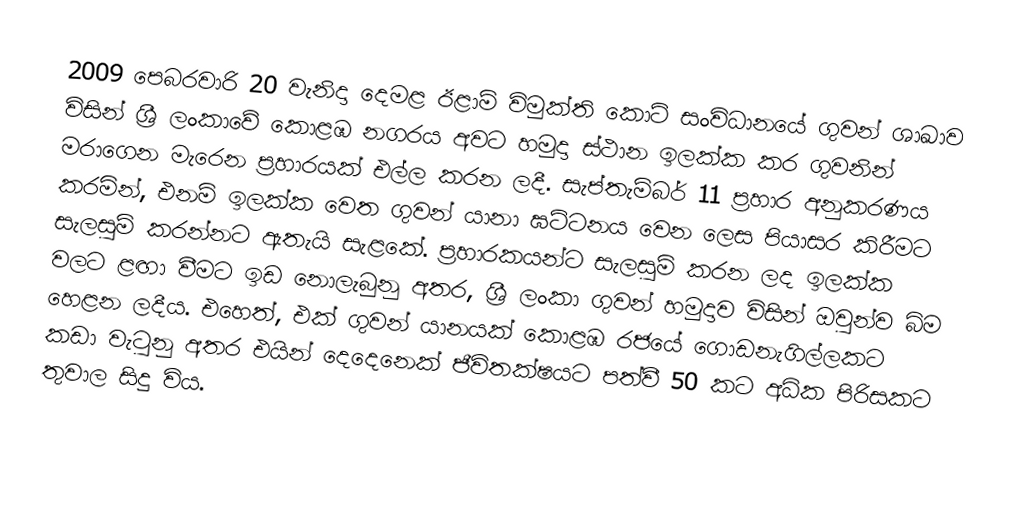
2009 පෙබරවාරි 20 වැනිදා දෙමළ ඊළාම් විමුක්ති කොටි සංවිධානයේ ගුවන් ශාඛාව විසින් ශ්‍රී ලංකාවේ කොළඹ නගරය අවට හමුදා ස්ථාන ඉලක්ක කර ගුවනින් මරාගෙන මැරෙන ප්‍රහාරයක් එල්ල කරන ලදී. සැප්තැම්බර් 11 ප්‍රහාර අනුකරණය කරමින්, එනම් ඉලක්ක වෙත ගුවන් යානා ඝට්ටනය වෙන ලෙස පියාසර කිරීමට සැලසුම් කරන්නට ඇතැයි සැළකේ. ප්‍රහාරකයන්ට සැලසුම් කරන ලද ඉලක්ක වලට ළඟා වීමට ඉඩ නොලැබුනු අතර, ශ්‍රී ලංකා ගුවන් හමුදාව විසින් ඔවුන්ව බිම හෙළන ලදීය. එහෙත්, එක් ගුවන් යානයක් කොළඹ රජයේ ගොඩනැගිල්ලකට කඩා වැටුනු අතර එයින් දෙදෙනෙක් ජීවිතක්ෂයට පත්වී 50 කට අධික පිරිසකට තුවාල සිදු විය.